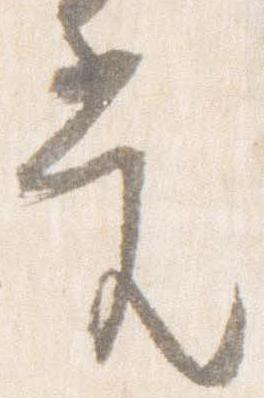
当